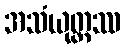
အသံယုတ္တဿ